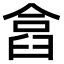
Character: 𠍗